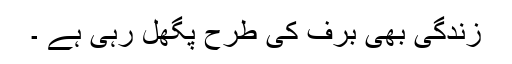
زندگی بھی برف کی طرح پگھل رہی ہے ۔